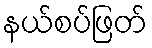
နယ်စပ်ဖြတ်